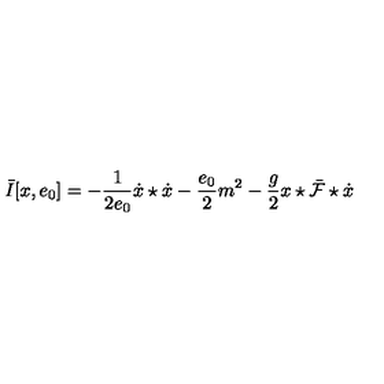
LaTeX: \bar { I } [ x , e _ { 0 } ] = - \frac { 1 } { 2 e _ { 0 } } \dot { x } \star \dot { x } - \frac { e _ { 0 } } { 2 } m ^ { 2 } - \frac { g } { 2 } x \star \bar { \cal F } \star \dot { x }